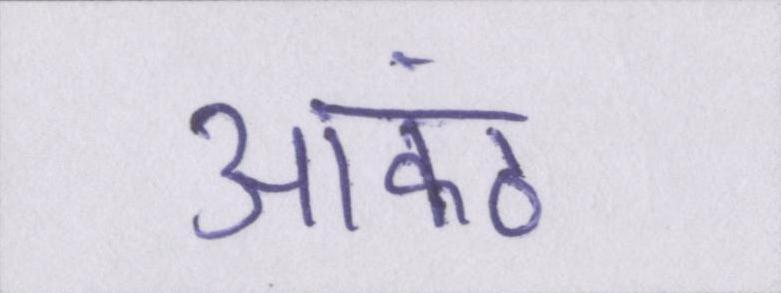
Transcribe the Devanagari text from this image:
आकंठ